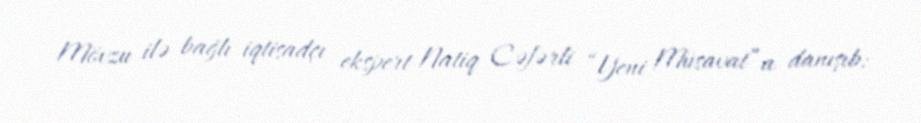
Mövzu ilə bağlı iqtisadçı ekspert Natiq Cəfərli “Yeni Müsavat”a danışıb: